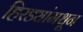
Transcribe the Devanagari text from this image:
हिरड्यांमधून